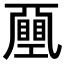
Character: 𢀯